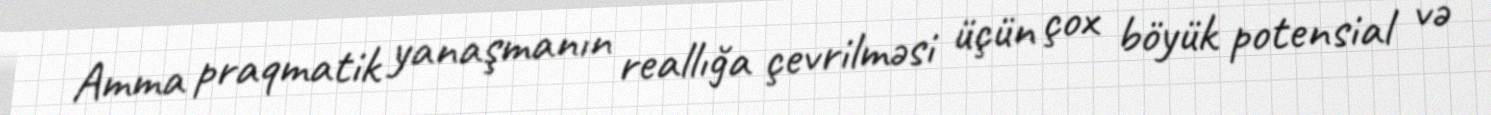
Amma praqmatik yanaşmanın reallığa çevrilməsi üçün çox böyük potensial və